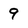
Character: 9